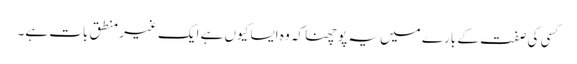
کسی کی صفت کے بارے میں یہ پوچھنا کہ وہ ایسا کیوں ہے ایک غیر منطق بات ہے۔